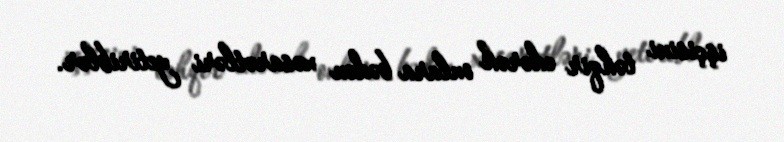
işçisini təhqir edərək onlara bədən xəsarətləri yetiriblər.